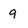
Character: q